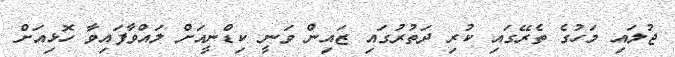
ޖުލައި މަހުގެ ތެރޭގައި ކުރި ދަތުރުގައި ޒައިން ވަނީ ކިޑްނީއަށް ލައްވާފައިވާ ހޮޅިއަށް